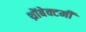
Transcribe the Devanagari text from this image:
थ्रोंबेक्टमी